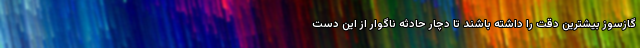
گازسوز بیشترین دقت را داشته باشند تا دچار حادثه ناگوار از این دست